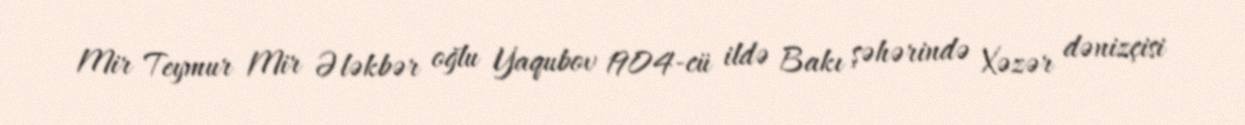
Mir Teymur Mir Ələkbər oğlu Yaqubov 1904-cü ildə Bakı şəhərində Xəzər dənizçisi